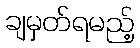
ချမှတ်ရမည့်